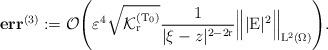
LaTeX: \begin{align*}\textbf{err}^{(3)} := \mathcal{O}\Bigg(\varepsilon^4\sqrt{\mathcal{K}^{(\mathrm{T_0})}_{\mathrm{r}}}\frac{1}{|\xi-z|^{2-2\mathrm{r}}}\Big\Vert|\mathrm{E}|^{2}\Big\Vert_{\mathrm{L}^2(\Omega)} \Bigg).\end{align*}